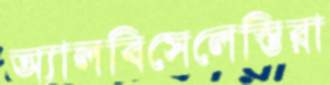
অ্যালবিসেলেস্তিরা